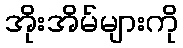
အိုးအိမ်များကို